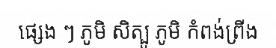
ផ្សេង ៗ ភូមិ សិត្បូ ភូមិ កំពង់ព្រីង